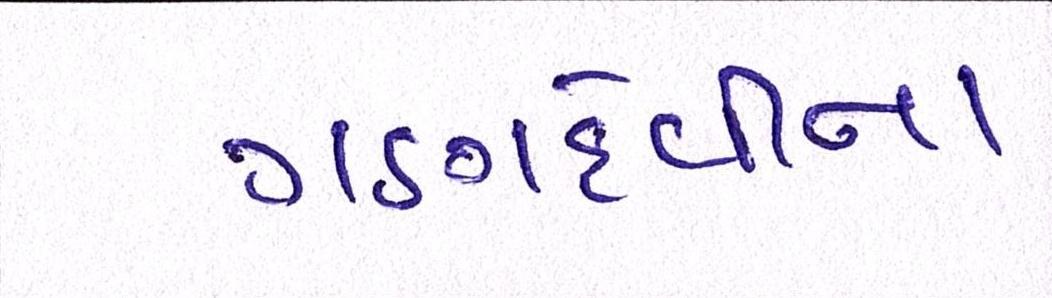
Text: ગણદેવીના